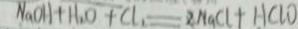
N a O H + H _ { 2 } O + C l _ { 1 } = Z N a C l + H C l O